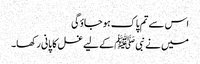
اس سے تم پاک ہو جاؤگی
میں نے نبی ﷺ کے لیے غسل کا پانی رکھا۔